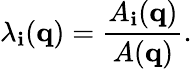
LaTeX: \lambda_{\mathbf{i}}({\mathbf{q}})=\frac{{A_{\mathbf{i}}({\mathbf{q}})}}{{A({\mathbf{q}})}}.